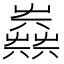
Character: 𡴪